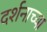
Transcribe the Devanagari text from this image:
दर्शनाच्या